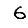
Digit: 6